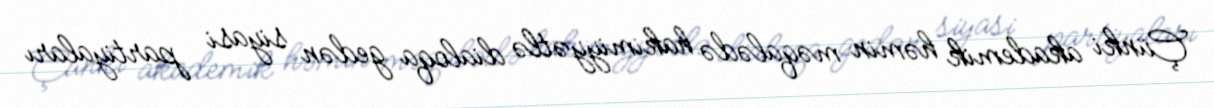
Çünki akademik həmin məqalədə hakimiyyətlə dialoqa gedən siyasi partiyaları